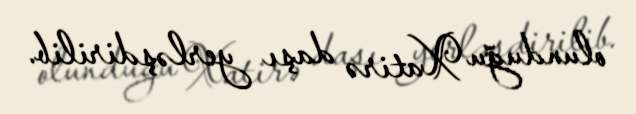
olunduğu Xatirə daşı yerləşdirilib.